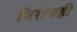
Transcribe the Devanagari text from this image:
निरोधही